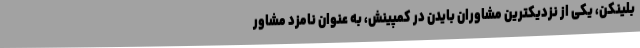
بلینکن، یکی از نزدیکترین مشاوران بایدن در کمپینش، به عنوان نامزد مشاور